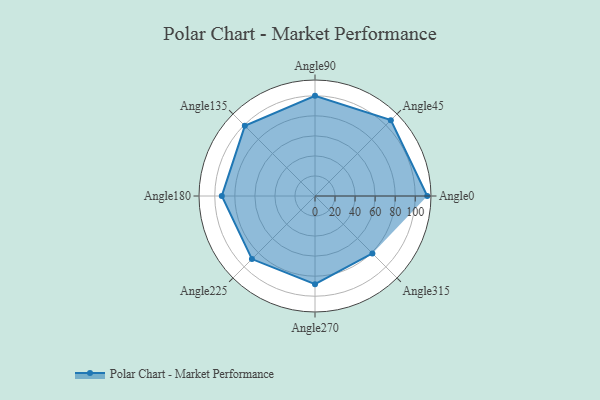
{"axis": {"x": "Angle", "y": "Radius"}, "legend": [""], "data": [{"x": "Angle0", "y": 112.0, "type": ""}, {"x": "Angle45", "y": 107.0, "type": ""}, {"x": "Angle90", "y": 100.0, "type": ""}, {"x": "Angle135", "y": 99.0, "type": ""}, {"x": "Angle180", "y": 93.0, "type": ""}, {"x": "Angle225", "y": 89.0, "type": ""}, {"x": "Angle270", "y": 88.0, "type": ""}, {"x": "Angle315", "y": 81.0, "type": ""}]}